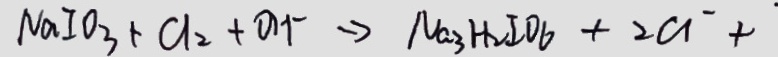
N a I O _ { 3 } + C l _ { 2 } + O H ^ { - } \rightarrow N a _ { 3 } H _ { 2 } I O _ { 6 } + 2 a ^ { - } + ^ { . }